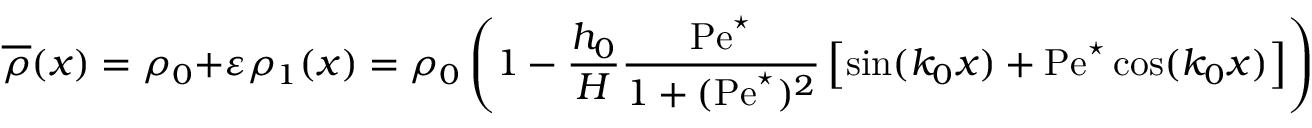
\overline { { \rho } } ( x ) = \rho _ { 0 } + \varepsilon \rho _ { 1 } ( x ) = \rho _ { 0 } \left( 1 - \frac { h _ { 0 } } { H } \frac { \mathrm { P e } ^ { \star } } { 1 + ( \mathrm { P e } ^ { \star } ) ^ { 2 } } \left[ \sin ( k _ { 0 } x ) + \mathrm { P e } ^ { \star } \cos ( k _ { 0 } x ) \right] \right) .